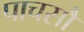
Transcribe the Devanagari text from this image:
पाचसौ